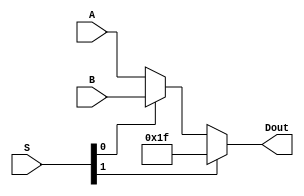
module MUX5bits_3to1(A,B,S,Dout);
    input [4:0] A,B;
    input [1:0]S;
    output reg [4:0] Dout;

    always @(A or B or S)
        if(S[1])
            Dout = 5'b11111;//JAL
        else if(S[0])
            Dout = B;
        else
            Dout = A;

endmodule

module MUX5bits_OrNot(A,S,Dout);//register need to use or not
    input [4:0] A;
    input S;
    output reg [4:0] Dout;

    always @(A or S)
        if(S)
            Dout = A;
        else
            Dout = 5'b0;

endmodule 

module MUX32bits_2to1(A,B,S,Dout);
    input [31:0] A,B;
    input S;
    output reg [31:0] Dout;

    always @(A or B or S)
        if(S)
            Dout = B;
        else
            Dout = A;

endmodule

module MUX32bits_4to1(A,B,C,D,S,Dout);
    input [31:0] A,B,C,D;
    input [1:0] S;
    output reg [31:0] Dout;

    always @(A or B or C or D or S)
        case (S)
            2'b00: Dout = A;
            2'b01: Dout = B;
            2'b10: Dout = C;
            2'b11: Dout = D;
        endcase
       
endmodule

module MUX32bits_5to1(A,B,C,D,E,S,Dout);
    input [31:0] A,B,C,D,E;
    input [2:0] S;
    output reg [31:0] Dout;

    always @(A or B or C or D or E or S)
        case (S)
            3'b000: Dout = A;
            3'b001: Dout = B;
            3'b010: Dout = C;
            3'b011: Dout = D;
            default:Dout = E;
        endcase
       
endmodule


module MUX2bits_4to1(A,B,C,D,S,Dout);
    input [1:0] A,B,C,D;
    input [1:0] S;
    output reg [1:0] Dout;

    always @(A or B or C or D or S)
        case (S)
            2'b00: Dout = A;
            2'b01: Dout = B;
            2'b10: Dout = C;
            2'b11: Dout = D;
        endcase
       
endmodule